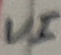
Text: VI